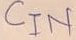
Text: CIN